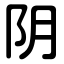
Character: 阴